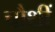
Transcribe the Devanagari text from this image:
चौथीं